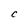
Character: C